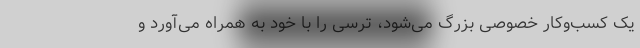
یک کسب‌و‌کار خصوصی بزرگ می‌شود، ترسی را با خود به همراه می‌آورد و